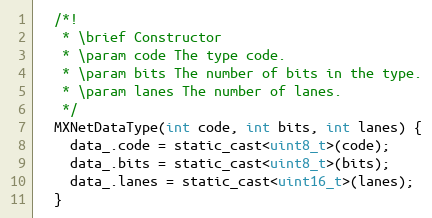
Language: C
  /*!
   * \brief Constructor
   * \param code The type code.
   * \param bits The number of bits in the type.
   * \param lanes The number of lanes.
   */
  MXNetDataType(int code, int bits, int lanes) {
    data_.code = static_cast<uint8_t>(code);
    data_.bits = static_cast<uint8_t>(bits);
    data_.lanes = static_cast<uint16_t>(lanes);
  }